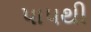
પાપથી